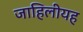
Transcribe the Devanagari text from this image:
जाहिलीयह